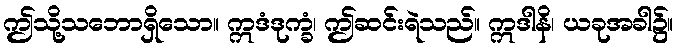
ဤသို့သဘောရှိသော။ ဣဒံဒုက္ခံ၊ ဤဆင်းရဲသည်။ ဣဒါနိ၊ ယခုအခါ၌။